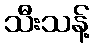
သီးသန့်